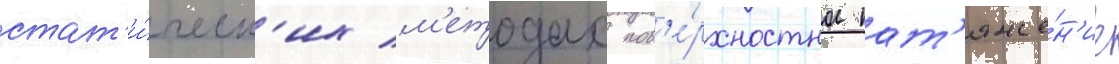
стат'и́ческ'их м'етодах пов'е́рхностное нат'яже́н'ие